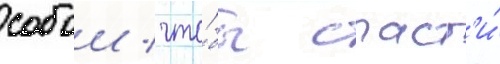
собои / что́бы спаст'и́